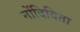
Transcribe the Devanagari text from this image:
नोंदिविता